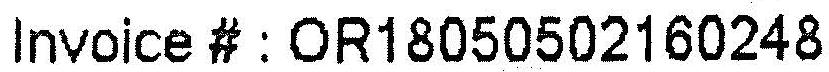
INVOICE # : OR18050502160248